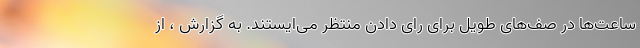
ساعت‌ها در صف‌های طویل برای رای دادن منتظر می‌ایستند. به گزارش ، از